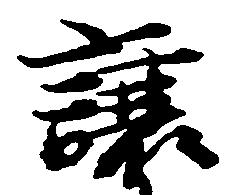
譲